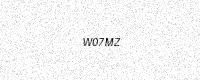
Text: W07MZ